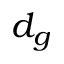
d _ { g }